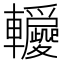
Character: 𨏵